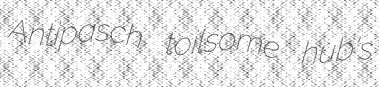
Antipasch toilsome hub's